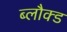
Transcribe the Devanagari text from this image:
ब्लौक्ड